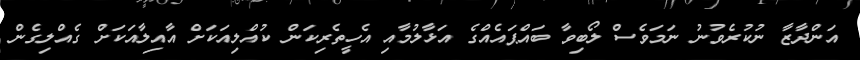
އަންދާޒާ ނުކުރެވުނު ނަމަވެސް ލޯބިވާ ބައްޕައެއްގެ އަޅާލުމާއި އެހީތެރިކަން ކުއްލިއަކަށް އާއިލާއަކަށް ގެއްލިގެން